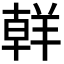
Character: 𮊪